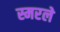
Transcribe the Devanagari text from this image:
स्मरले